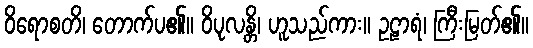
ဝိရောစတိ၊ တောက်ပ၏။ ဝိပုလန္တိ၊ ဟူသည်ကား။ ဥဠာရံ၊ ကြီးမြတ်၏။